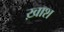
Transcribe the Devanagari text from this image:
ख़ाश